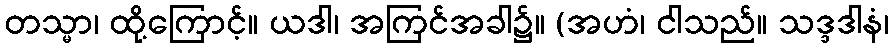
တသ္မာ၊ ထို့ကြောင့်။ ယဒါ၊ အကြင်အခါ၌။ (အဟံ၊ ငါသည်။ သဒ္ဒဒါနံ၊